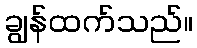
ချွန်ထက်သည်။